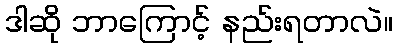
ဒါဆို ဘာကြောင့် နည်းရတာလဲ။